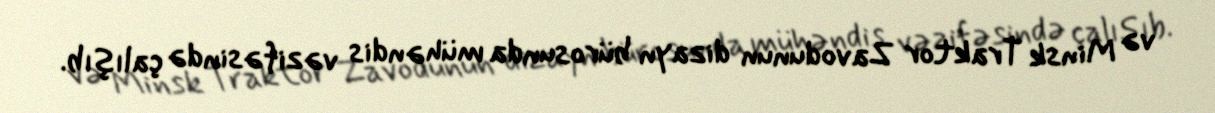
və Minsk Traktor Zavodunun dizayn bürosunda mühəndis vəzifəsində çalışıb.